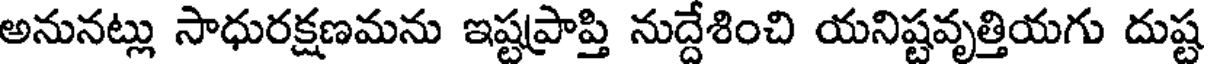
అనునట్లు సాధురక్షణమను ఇష్టప్రాప్తి నుద్దేశించి యనిష్టవృత్తియగు దుష్ట